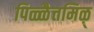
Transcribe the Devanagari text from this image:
पिळ्ळैत्तमिऴ्